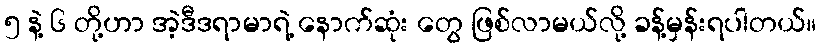
၅ နဲ့ ၆ တို့ဟာ အဲ့ဒီဒရာမာရဲ့ နောက်ဆုံး တွေ ဖြစ်လာမယ်လို့ ခန့်မှန်းရပါတယ်။